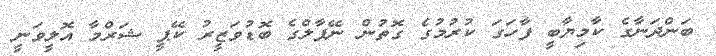
ބަންދަނާގެ ކާމިޔާބީ ފާހަގަ ކުރުމުގެ ގޮތުން ނޭޕާލްގެ ބޮޑުވަޒީރު ކޭޕީ ޝަރްމާ އޮލީވަނީ